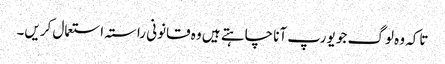
تاکہ وہ لوگ جو یورپ آنا چاہتے ہیں وہ قانونی راستہ استعمال کریں۔